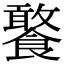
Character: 饏